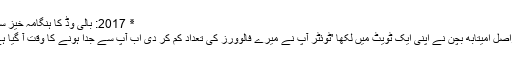
٭ 2017: بالی وڈ کا ہنگامہ خیز سال
دراصل امیتابھ بچن نے اپنی ایک ٹویٹ میں لکھا 'ٹوئٹر آپ نے میرے فالوورز کی تعداد کم کر دی اب آپ سے جدا ہونے کا وقت آ گیا ہے۔